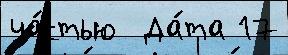
ча́стью  Да́та 17